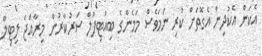
އެކަން އެކުދިން އެގޮތަށް ކުރި ނަމަވެސް މަމެންގެ ބިއުޓިފުލް ސަރުކާރުން މިރާއްޖެ ލިޓިލް